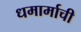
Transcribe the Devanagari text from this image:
धमार्माची